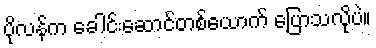
ပိုလန်က ခေါင်းဆောင်တစ်ယောက် ပြောသလိုပဲ။